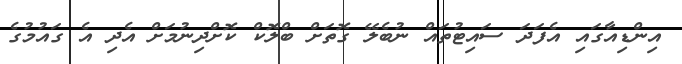
އިންޑިއާގައި އެފަދަ ސައިޓުތައް ނުބެލޭ ގޮތަށް ބްލޮކް ކޮށްދިނުމަށް އެދި އެ ގައުމުގެ